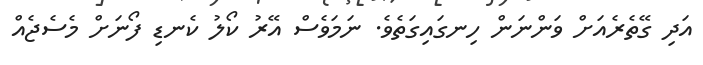
އަދި ގޭތެރެއަށް ވަންނަން ހިނގައިގަތެވެ. ނަމަވެސް އޭރު ކޯލު ކެނޑި ފޯނަށް މެސެޖެއް